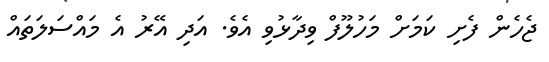
ޖެހެން ފެށި ކަމަށް މަހުލޫފް ވިދާޅުވި އެވެ. އަދި އޭރު އެ މައްސަލަތައް